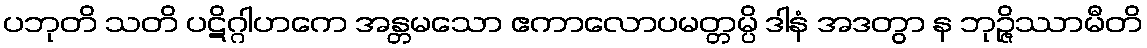
ပဘုတိ သတိ ပဋိဂ္ဂါဟကေ အန္တမသော ဧကာလောပမတ္တမ္ပိ ဒါနံ အဒတွာ န ဘုဉ္ဇိဿာမီတိ